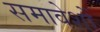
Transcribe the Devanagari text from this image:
समावेशों